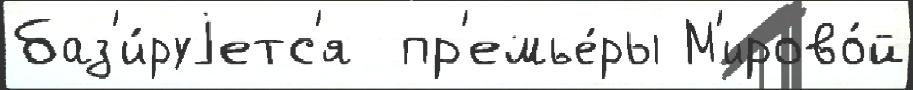
баз'и́руjетс'я  пр'емье́ры М'ирово́й